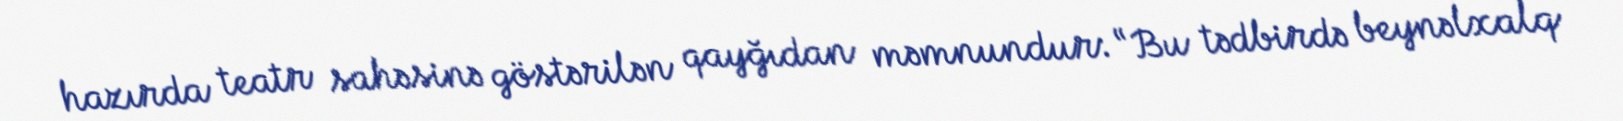
hazırda teatr sahəsinə göstərilən qayğıdan məmnundur: “Bu tədbirdə beynəlxalq